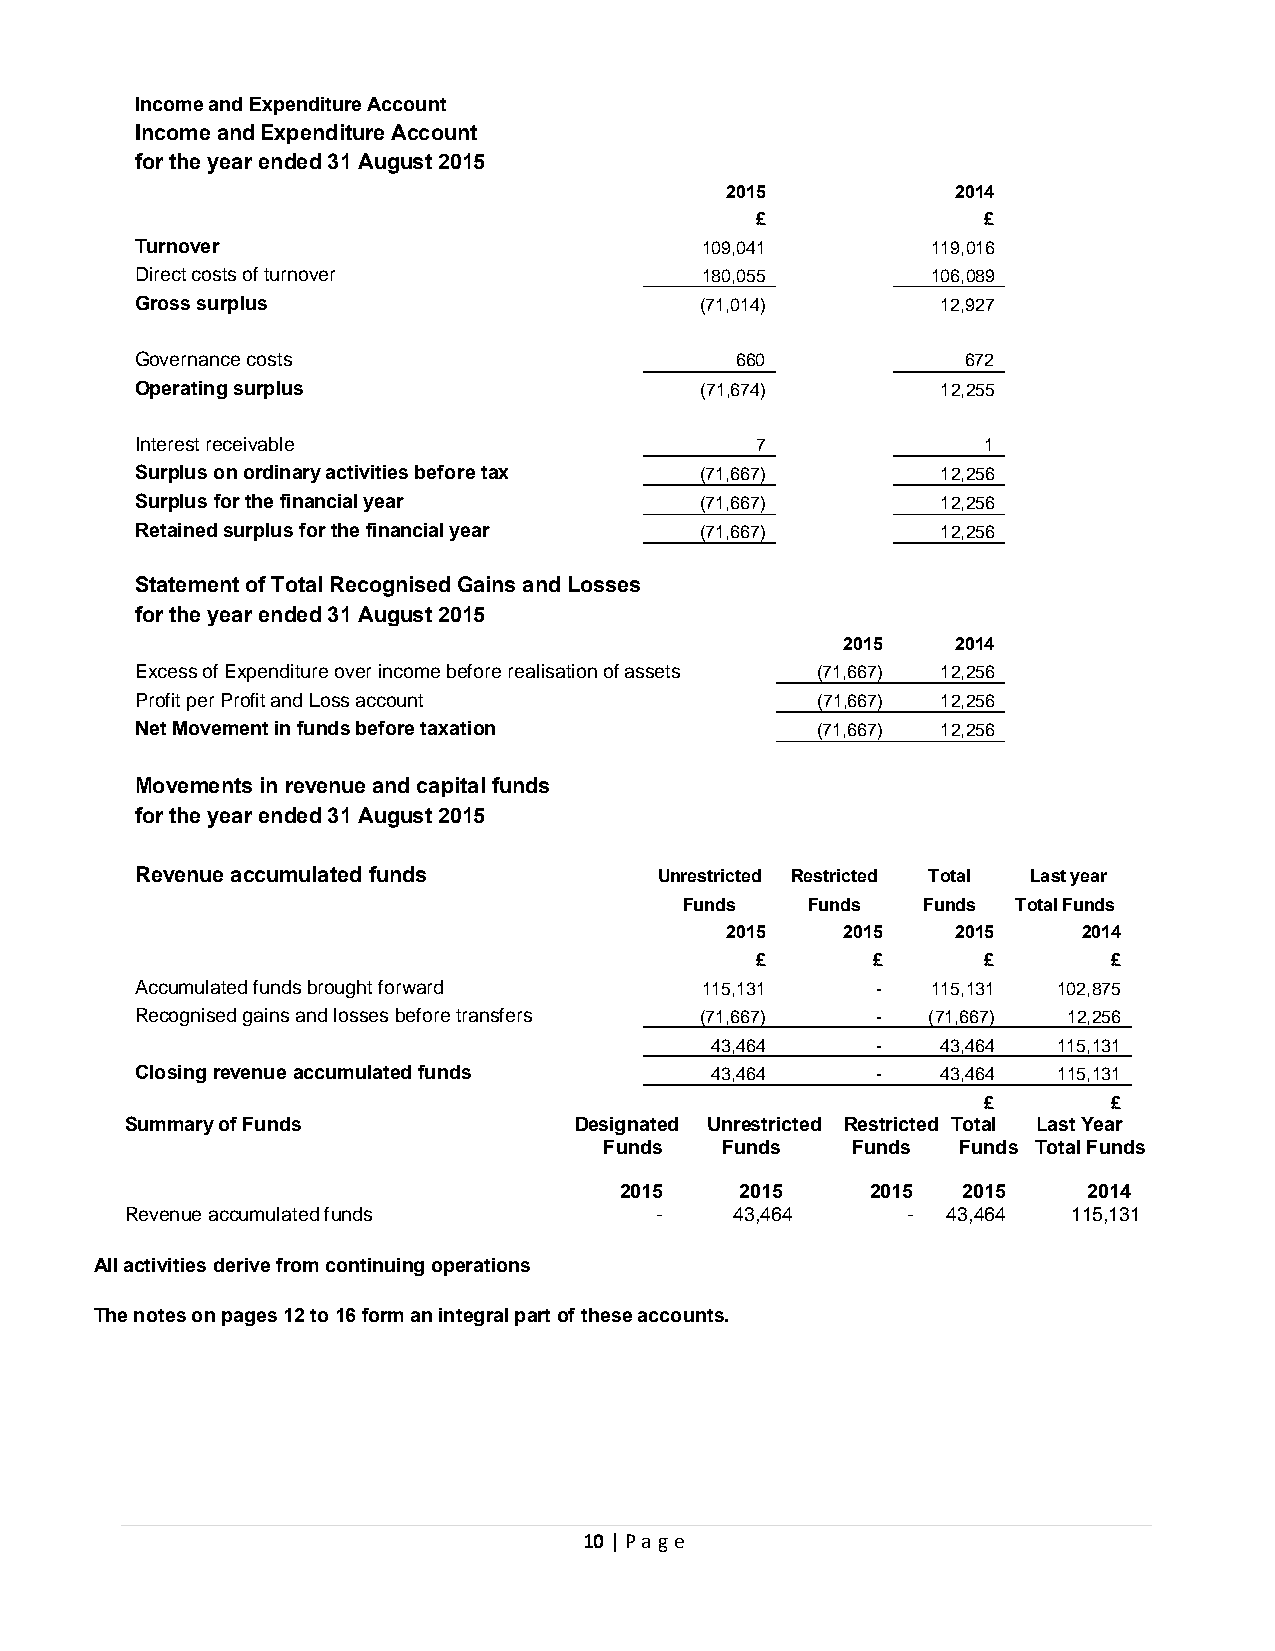
Income and Expenditure Account
 Income and Expenditure Account
 for the year ended 31 August 2015
 2015           2014
 £              £
 Turnover                             109,041         119,016
 Direct costs of turnover             180,055         106,089
 Gross surplus                        (71,014)        12,927
 Governance costs                        660            672
 Operating surplus                    (71,674)        12,255
 Interest receivable                      7              1
 Surplus on ordinary activities before tax (71,667)   12,256
 Surplus for the financial year       (71,667)        12,256
 Retained surplus for the financial year (71,667)     12,256
 Statement of Total Recognised Gains and Losses
 for the year ended 31 August 2015
 2015   2014
 Excess of Expenditure over income before realisation of assets (71,667) 12,256
 Profit per Profit and Loss account           (71,667) 12,256
 Net Movement in funds before taxation        (71,667) 12,256
 Movements in revenue and capital funds
 for the year ended 31 August 2015
 Revenue accumulated funds          Unrestricted Restricted Total Last year
 Funds    Funds  Funds Total Funds
 2015    2015   2015     2014
 £       £      £        £
 Accumulated funds brought forward    115,131     -   115,131 102,875
 Recognised gains and losses before transfers (71,667) - (71,667) 12,256
 43,464     -   43,464  115,131
 Closing revenue accumulated funds     43,464     -   43,464  115,131
 £        £
 Summary of Funds              Designated Unrestricted Restricted Total Last Year
 Funds   Funds   Funds  Funds Total Funds
 2015    2015     2015  2015    2014
 Revenue accumulated funds          -     43,464     -  43,464  115,131
 All activities derive from continuing operations
 The notes on pages 12 to 16 form an integral part of the se acc ounts.
 10 | Page